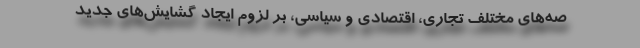
صه‌های مختلف تجاری، اقتصادی و سیاسی، بر لزوم ایجاد گشایش‌های جدید